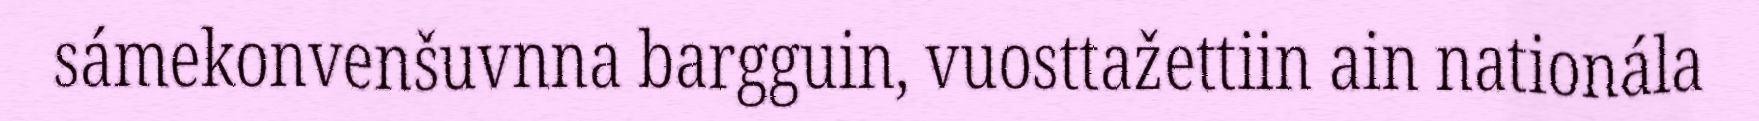
sámekonvenšuvnna bargguin, vuosttažettiin ain nationála